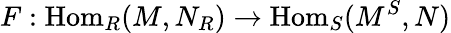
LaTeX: F:{\mathrm{Hom}}_{R}(M,N_{R})\to{\mathrm{Hom}}_{S}(M^{S},N)